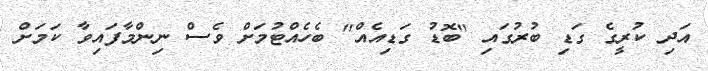
އަދި ކުރީގެ ގަޑި ބުރުގައި "ބޮޑު ގަޑިއެއް" ބެހެއްޓުމަށް ވެސް ނިންމާފައިވާ ކަމަށް